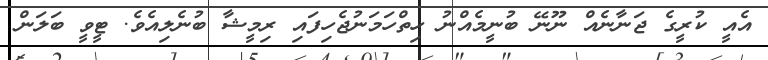
އެއީ ކުރީގެ ޖަނާނެއް ނޫނޭ ބުނީމެއްނު ހިތްހަމަނުޖެހިފައި ރިމީޝާ ބުނެލިއެވެ. ޓީވީ ބަލަން